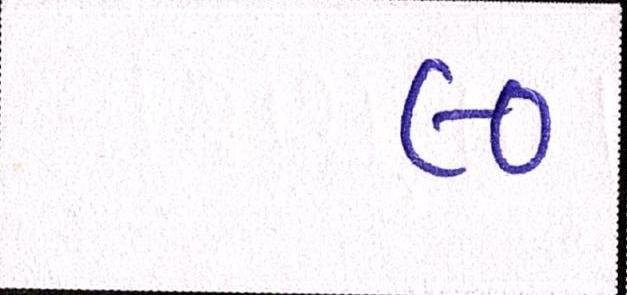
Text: ૯૦